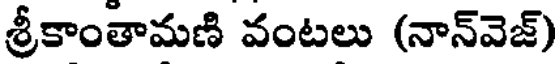
శ్రీకాంతామణి వంటలు (నాన్వెజ్)